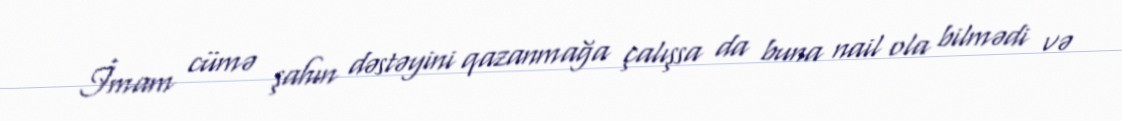
İmam cümə şahın dəstəyini qazanmağa çalışsa da buna nail ola bilmədi və